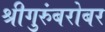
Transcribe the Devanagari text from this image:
श्रीगुरुंंबरोबर